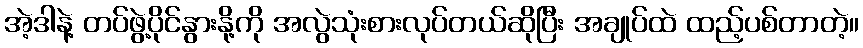
အဲ့ဒါနဲ့ တပ်ဖွဲ့ပိုင်နွားနို့ကို အလွဲသုံးစားလုပ်တယ်ဆိုပြီး အချုပ်ထဲ ထည့်ပစ်တာတဲ့။